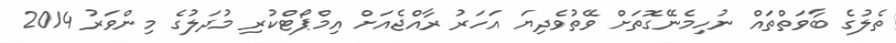
ތެލުގެ ބާވަތްތައް ނުހިމެނޭގޮތަށް ވޭތުވެދިޔަ އަހަރު ރާއްޖެއަށް އިމްޕޯޓްކުރި މުދަލުގެ މިންވަރު 2014